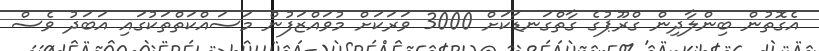
އެގޮތުން ބިންލާދިން ގްރޫޕުގެ ގާތްގަނޑަކަށް 3000 ވަރަކަށް މުވައްޒަފުން މަސައްކަތްތަކުގައި އަބަދު ވެސް